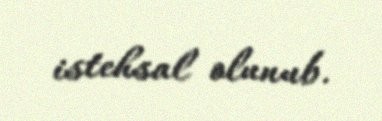
istehsal olunub.